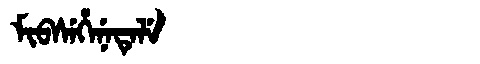
Manchu: ᠮᡳᠪᠰᡝᡥᡝᠨᡝᡨᡝᠯᡝ
Romanization: MIBSEHENETELE